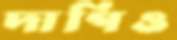
দাগিও